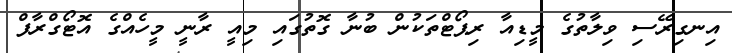
އިނގިރޭސި ވިލާތުގެ މީޑިއާ ރިޕޯޓްތަކުން ބުނާ ގޮތުގައި މިއީ ރާނީ މީހެއްގެ އޮޓޯގްރާފް